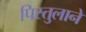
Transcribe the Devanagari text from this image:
पिस्तुलाने